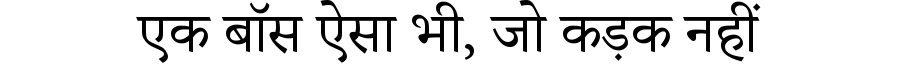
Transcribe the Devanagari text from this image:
एक बॉस ऐसा भी, जो कड़क नहीं